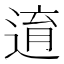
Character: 逳